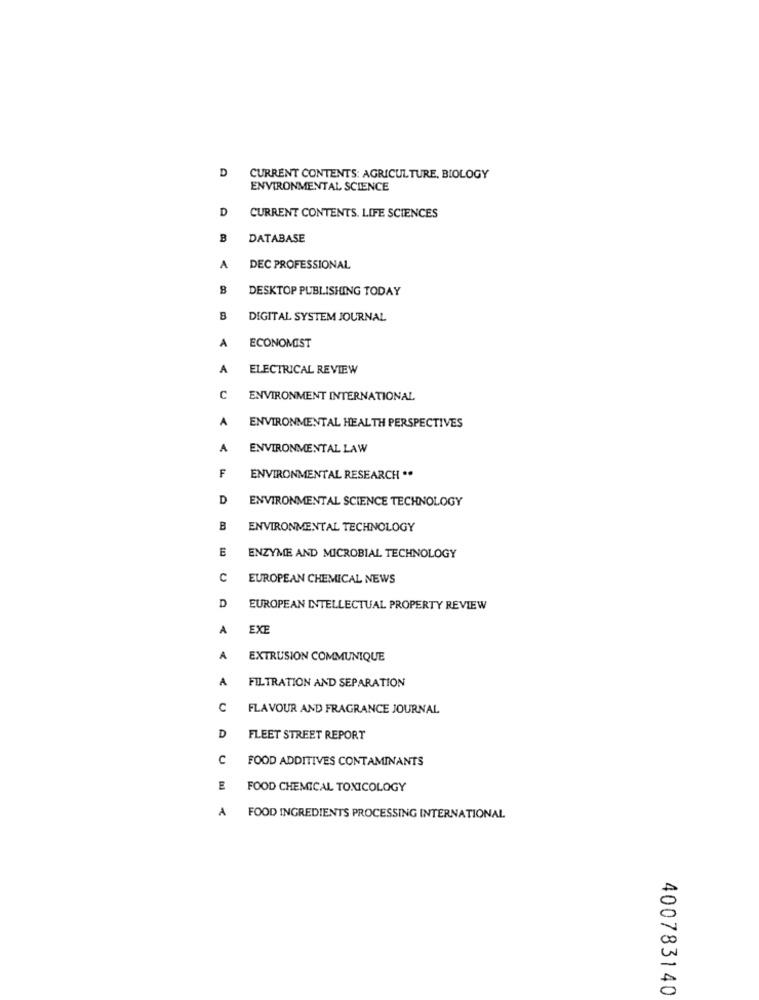
D
CURRENT CONTENTS: AGRICULTURE, BIOLOGY
ENVIRONMENTAL SCIENCE
D
CURRENT CONTENTS. LIFE SCIENCES
B
DATABASE
A
DEC PROFESSIONAL
8
DESKTOP PUBLISHING TODAY
B
DIGITAL SYSTEM JOURNAL
A
ECONOMIST
A
ELECTRICAL REVIEW
C
ENVIRONMENT INTERNATIONAL
A
ENVIRONMENTAL HEALTH PERSPECTIVES
A
ENVIRONMENTAL LAW
F
ENVIRONMENTAL RESEARCH ..
D
ENVIRONMENTAL SCIENCE TECHNOLOGY
B
ENVIRONMENTAL TECHNOLOGY
E
ENZYME AND MICROBIAL TECHNOLOGY
C
EUROPEAN CHEMICAL NEWS
D
EUROPEAN INTELLECTUAL PROPERTY REVIEW
A
EXE
A
EXTRUSION COMMUNIQUE
A
FILTRATION AND SEPARATION
C
FLAVOUR AND FRAGRANCE JOURNAL
D
FLEET STREET REPORT
c
FOOD ADDITIVES CONTAMINANTS
E
FOOD CHEMICAL TOXICOLOGY
A
FOOD INGREDIENTS PROCESSING INTERNATIONAL
400783140